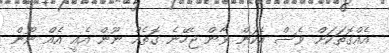
އެއްގޮތަކަށް ވެސް އެކަން ވާން ޖެހޭނެ ގޮތެއް ނޫން އެއީ އެއް ނޫން